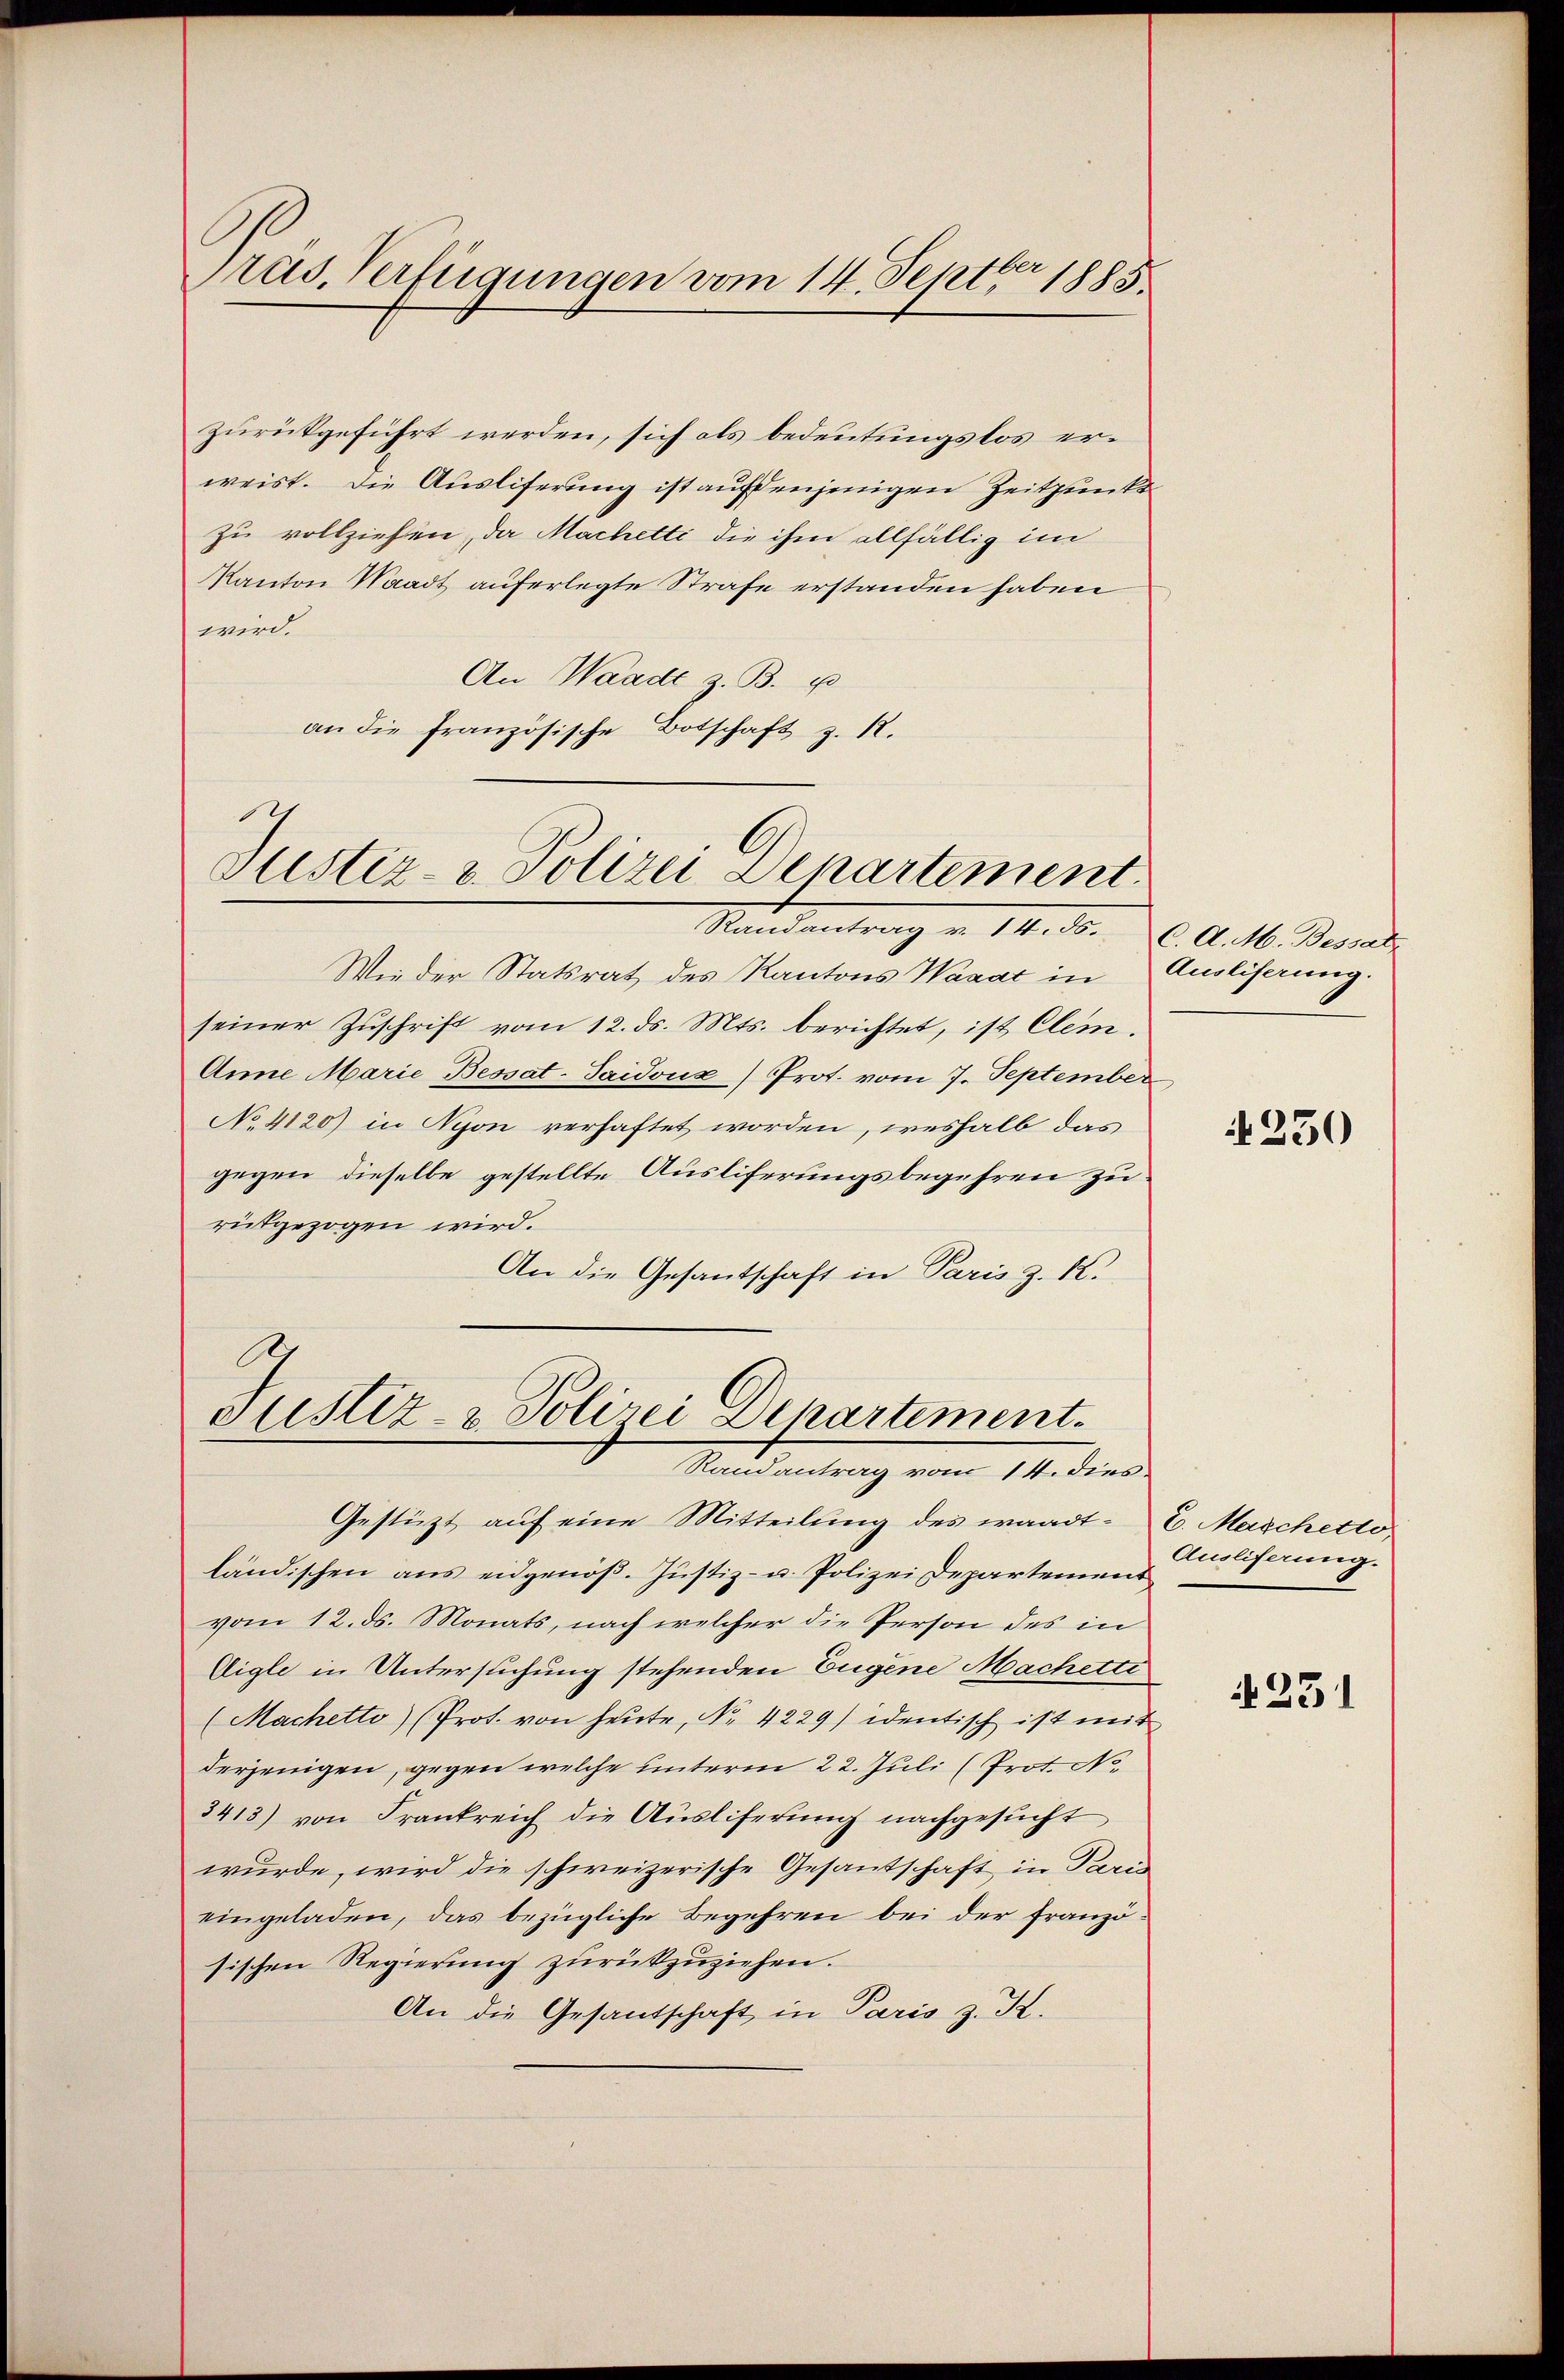
ras. Verfügungen vom 14. Septbr 1885

zurückgeführt werden, sich als bedeutungslos erweist. Die Ausliferung ist aufdenjenigen Zeitpunkzu vollziehen, da Machetti die ihm allfällig im
Kanton Waadt auferlegte Strafe erstanden haben
wird.
An Waadt z. B. u
an die französische Botschaft z. R.

Justiz- & Polizei Senartement
Stand                    11. 30. C. Art. Besitz

Justiz- & Polizei Departement.
Randantrag vom 14. dies

Wieder Statsrat des Kantons Warac in
seiner Zuschrift vom 12. ds. Mts. berichtet, ist Clem.
Ane Marie Bessat-Saidoux) Prot. vom 7. September
No 4120) in Nyon verhaftet worden, weshalb das
gegen dieselbe gestellte Ausliferungsbegehren zu:
rückgezogen wird.
An die Gesantschaft in Paris z. K.

Gestützt auf eine Mitteilung des waadt- u. Maschetto
ländischen aus eidgenöß. Justiz- u. Polizei Departement
vom 12. ds. Monats, nach welcher die Person des in
Eigle in Untersuchung stehenden Eugene Machetti
(Machetto) (Prot. von heute, No. 4229) identisch ist mit
derjenigen, gegen welche unterm 22. Juli (Prot. No.
3413) von Frankreich die Aŭsliferŭng nachgesŭcht
wurde, wird die schweizerische Gesandschaft in Paris
eingeladen, das bezügliche Begehren bei der französischen Regierung zurückzuziehen.
An die Gesandschaft in Paris z. K.

Auslieferung.

230

Auslieferung.

231